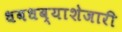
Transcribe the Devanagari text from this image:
धबधब्याशेजारी